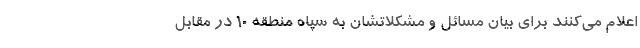
اعلام می‌کنند برای بیان مسائل و مشکلاتشان به سپاه منطقه ۱۰ در مقابل